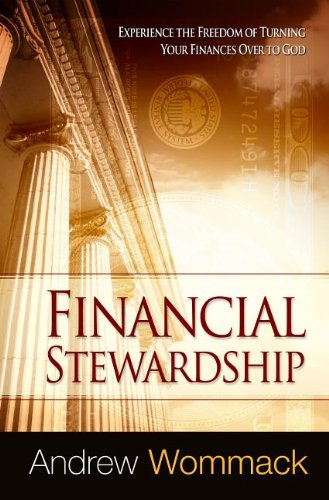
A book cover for Financial Stewardship: Experience the Freedom of Turning Your Finances Over to God; Andrew Wommack; Christian Books & Bibles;